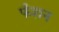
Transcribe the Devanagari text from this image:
फँशन